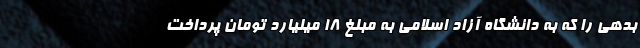
بدهی را که به دانشگاه آزاد اسلامی به مبلغ ۱۸ میلیارد تومان پرداخت